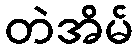
တဲအိမ်